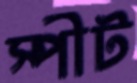
স্পীট